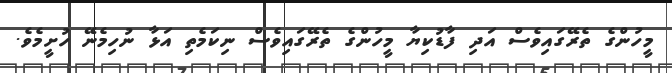
މީހުންގެ ތެރޭގައިވެސް އަދި ފާޑުކިޔާ މީހުންގެ ތެރޭގައިވެސް ނިކަމެތި އަޅާ ނުހިމެނޭ ހުށީމެވެ.